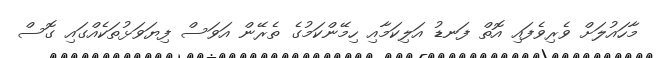
މާހައުލަށް ވެރިވެފައި އޮތް ފަނޑު އަލިކަމާއި ހިމޭންކަމުގެ ތެރޭން އަވަސް ފިޔަވަޅުތަކެއްގައި ގޮސް